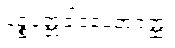
ပဉ္စပုတ္တခါဒပေတဝတ္ထု